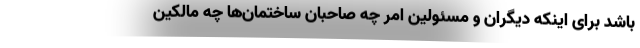
باشد برای اینکه دیگران و مسئولین امر چه صاحبان ساختمان‌ها چه مالکین